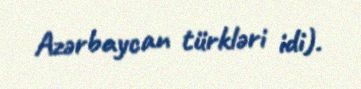
Azərbaycan türkləri idi).